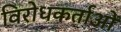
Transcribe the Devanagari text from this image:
विरोधकर्ताओं